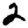
Digit: 2